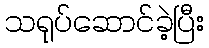
သရုပ်ဆောင်ခဲ့ပြီး